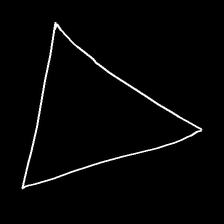
Glyph: convergence